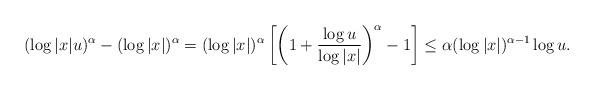
LaTeX: \begin{align*}(\log |x|u)^\alpha - (\log |x|)^\alpha =(\log |x|)^\alpha \left[ \left( 1 + \frac{\log u}{\log |x|} \right)^\alpha - 1 \right] \leq \alpha (\log |x|)^{\alpha -1 } \log u.\end{align*}